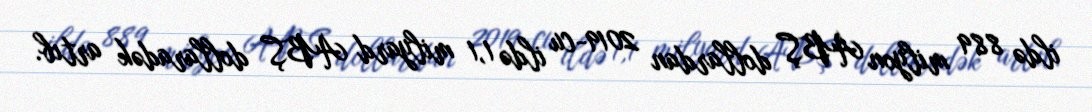
ildə 889 milyon ABŞ dollardan 2019-cu ildə 1,1 milyard ABŞ dollaradək artıb.